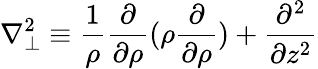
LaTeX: \nabla_{\perp}^{2}\equiv\frac{1}{\rho}\frac{\partial}{\partial\rho}(\rho\frac{\partial}{\partial\rho})+\frac{\partial^{2}}{\partial z^{2}}